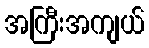
အကြီးအကျယ်